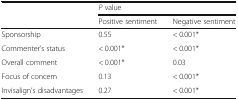
<table><thead><tr><td rowspan="2"></td><td colspan="2"><b><i>P</i> value</b></td></tr><tr><td><b>Positive sentiment</b></td><td><b>Negative sentiment</b></td></tr></thead><tbody><tr><td>Sponsorship</td><td>0.55</td><td>&lt; 0.001*</td></tr><tr><td>Commenter’s status</td><td>&lt; 0.001*</td><td>&lt; 0.001*</td></tr><tr><td>Overall comment</td><td>&lt; 0.001*</td><td>0.03</td></tr><tr><td>Focus of concern</td><td>0.13</td><td>&lt; 0.001*</td></tr><tr><td>Invisalign’s disadvantages</td><td>0.27</td><td>&lt; 0.001*</td></tr></tbody></table>